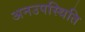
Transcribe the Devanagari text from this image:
अनउपस्थिति